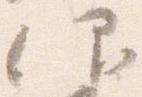
仰